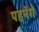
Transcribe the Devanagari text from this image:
पहनेंगे